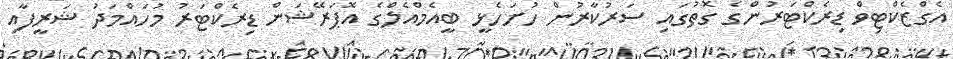
އެގްޒެކްޓިވް ޑިރެކްޓަރުންގެ ގޮތުގައި ސަރުކާރުން ހުށަހެޅީ ބީއެމްއެލްގެ އޮޕަރޭޝަން ޑިރެކްޓަރު މުހައްމަދު ޝަރީފާއި